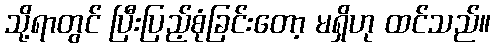
သို့ရာတွင် ပြီးပြည့်စုံခြင်းတော့ မရှိဟု ထင်သည်။